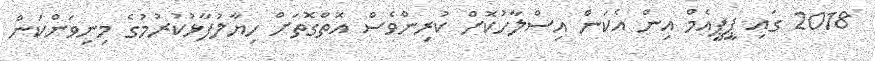
2018 ގައި ޕީޕީއެމް އިން އެކަން އިސްލާހުކޮށް ކުރިންވެސް އޮތްގޮތަށް ހިޔާލުފާޅުކުރުމުގެ މިނިވަންކަން